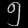
Digit: ၅